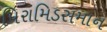
પિરામિડસમાન